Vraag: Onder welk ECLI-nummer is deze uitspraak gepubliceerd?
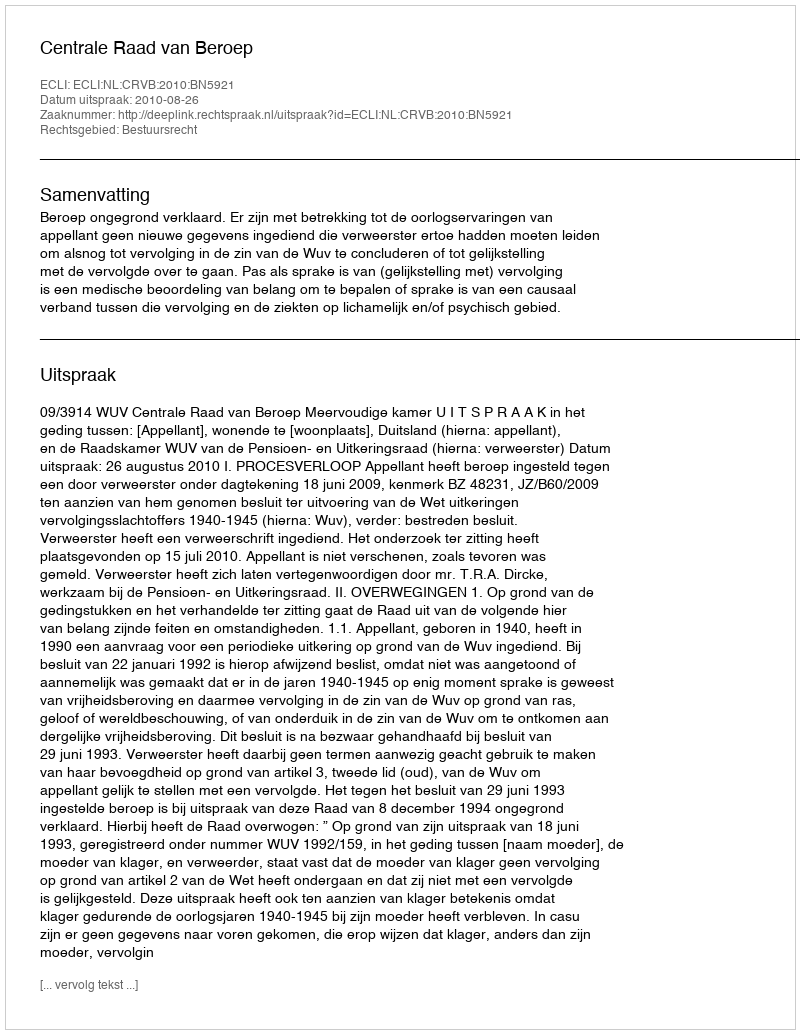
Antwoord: ECLI:NL:CRVB:2010:BN5921